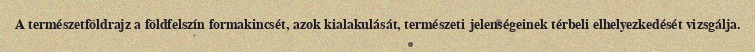
A természetföldrajz a földfelszín formakincsét, azok kialakulását, természeti jelenségeinek térbeli elhelyezkedését vizsgálja.